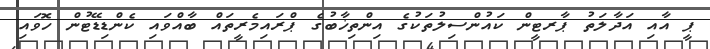
ޕީ އާއި އަދާލަތު ޕާރޓީން ކައުންސިލުތަކުގެ އިންތިޚާބުގެ ޕްރައިމެރީތައް ބާއްވައި ކެންޑިޑޭޓުން ހޮވައި